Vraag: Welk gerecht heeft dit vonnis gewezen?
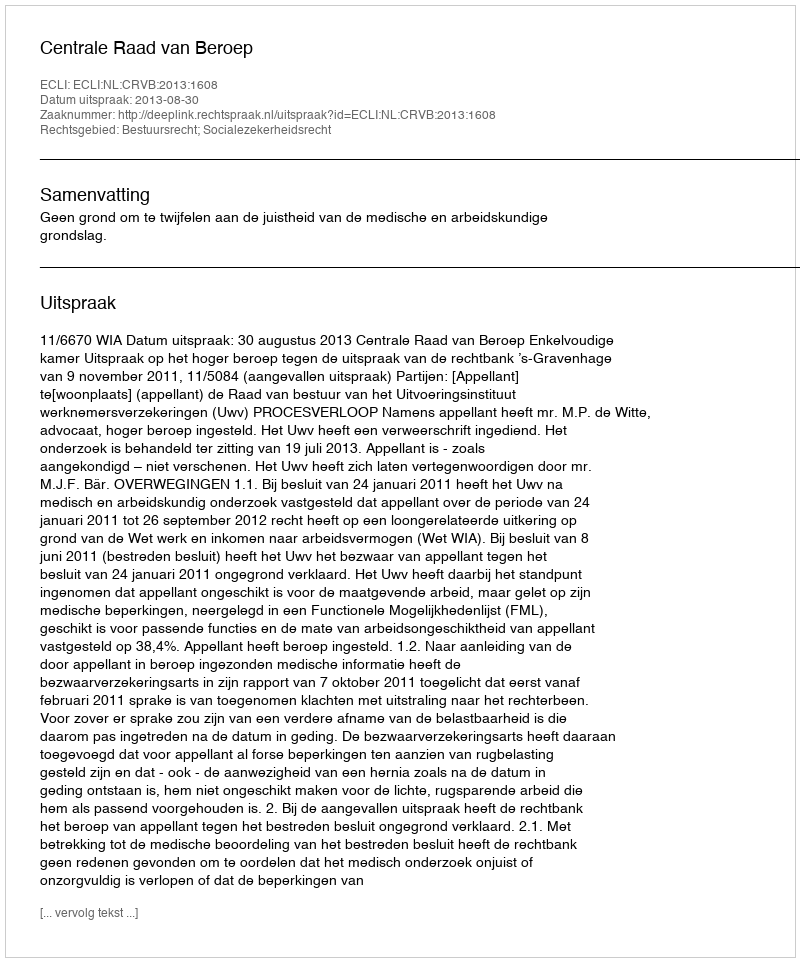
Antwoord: Centrale Raad van Beroep